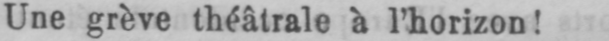
Une grève théâtrale à l’horizon!